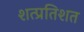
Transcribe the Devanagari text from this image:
शत्प्रतिशत